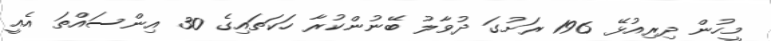
މީހުން ދިރިއުޅޭ 196 ރަށުގަ ދުވާލު ބޭނުންކުރާ ހަކަތައިގެ 30 އިންސައްތަ އެއީ